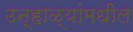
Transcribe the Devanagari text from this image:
उन्हाळ्यांमधील